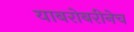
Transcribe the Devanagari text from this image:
याबरोबरीनेच